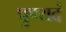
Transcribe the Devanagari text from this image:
पुण्यदं